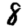
Digit: 8